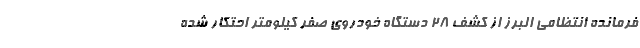
فرمانده انتظامی البرز از کشف ۲۸ دستگاه خودروی صفر کیلومتر احتکار شده